Distribution and causation of leprosy in British India
Year: 1875
Disease focus: Leprosy
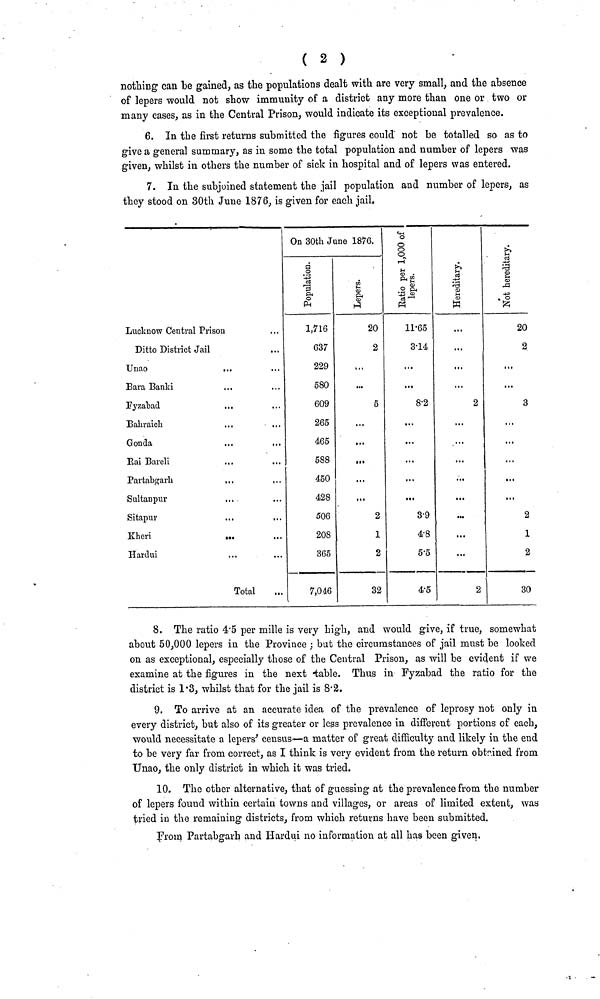
( 2 )
nothing can be gained, as the populations dealt with are very small, and the absence
of lepers would not show immunity of a district any more than one or two or
many cases, as in the Central Prison, would indicate its exceptional prevalence.
6. In the first returns submitted the figures could not be totalled so as to
give a general summary, as in some the total population and number of lepers was
given, whilst in others the number of sick in hospital and of lepers was entered.
7. In the subjoined statement the jail population and number of lepers, as
they stood on 30th June 1876, is given for each jail.
Lucknow Central Prison
Ditto District Jail
Unao
...
Bara Banki
Fyzabad
Bahraich
Gonda
Rai Bareli
Partabgarh
Sultanpur
Sitapur
Kheri
...
...
Hardui
Total
On 30th June 1876.
1,716
637
229
580
609
265
465
588
450
428
506
208
365
7,046
20
2
...
...
5
...
...
...
...
2
1
2
32
11.65
3.14
...
...
8.2
...
...
...
...
...
3.9
4.8
5.5
4.5
...
...
...
...
2
...
...
...
...
...
...
...
...
2
20
2
...
...
3
...
...
...
...
...
2
1
2
30
8. The ratio 4.5 per mille is very high, and would give, if true, somewhat
about 50,000 lepers in the Province ; but the circumstances of jail must be looked
on as exceptional, especially those of the Central Prison, as will be evident if we
examine at the figures in the next table. Thus in Fyzabad the ratio for the
district is 1.3, whilst that for the jail is 8.2.
9. To arrive at an accurate idea of the prevalence of leprosy not only in
every district, but also of its greater or less prevalence in different portions of each,
would necessitate a lepers' census—a matter of great difficulty and likely in the end
to be very far from correct, as I think is very evident from the return obtained from
Unao, the only district in which it was tried.
10. The other alternative, that of guessing at the prevalence from the number
of lepers found within certain towns and villages, or areas of limited extent, was
tried in the remaining districts, from which returns have been submitted.
From Partabgarh and Hardui no information at all has been given.